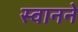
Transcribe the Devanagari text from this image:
स्वानने